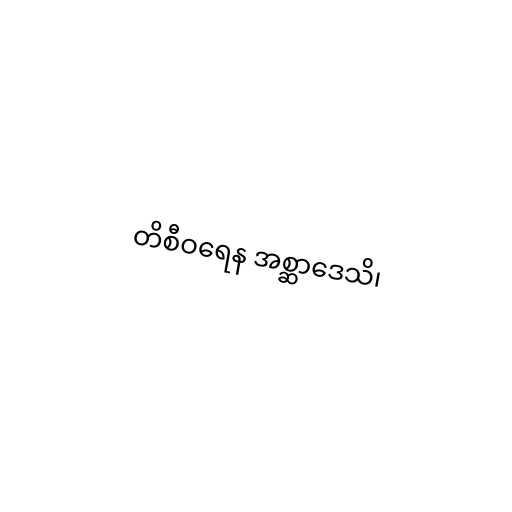
တိစီဝရေန အစ္ဆာဒေသိ၊